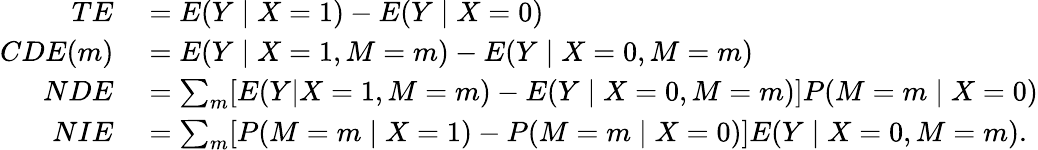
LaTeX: \begin{array}{rl}{TE}&{{}=E(Y\mid X=1)-E(Y\mid X=0)}\\ {CDE(m)}&{{}=E(Y\mid X=1,M=m)-E(Y\mid X=0,M=m)}\\ {NDE}&{{}=\sum_{m}[E(Y|X=1,M=m)-E(Y\mid X=0,M=m)]P(M=m\mid X=0)}\\ {NIE}&{{}=\sum_{m}[P(M=m\mid X=1)-P(M=m\mid X=0)]E(Y\mid X=0,M=m).}\end{array}